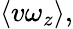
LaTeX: \langle v\omega_{z}\rangle,